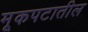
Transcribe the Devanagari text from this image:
मूकपटातील